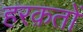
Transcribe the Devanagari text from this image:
हरक़तों